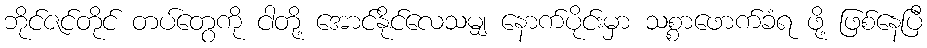
ဘိုင်ဇင်တိုင် တပ်တွေကို ငါတို့ အောင်နိုင်လေသမျှ နောက်ပိုင်းမှာ သစ္စာဖောက်ခံရ ဖို့ ဖြစ်နေပြီ